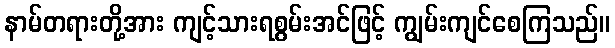
နာမ်တရားတို့အား ကျင့်သားရစွမ်းအင်ဖြင့် ကျွမ်းကျင်စေကြသည်။